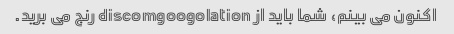
اکنون می بینم، شما باید از discomgoogolation رنج می برید.